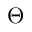
\Theta